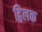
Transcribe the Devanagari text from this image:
द्विलक